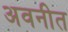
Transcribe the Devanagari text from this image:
अवनीत